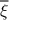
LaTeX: \overline { { \xi } }